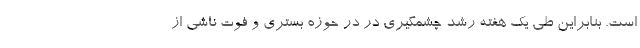
است. بنابراین طی یک هفته رشد چشمگیری در در حوزه بستری و فوت ناشی از